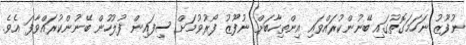
ނުފޫޒު ނަހަމަގޮތުގައި ބޭނުންކުރައްވައި އިންތިހާބަށް ނުފޫޒު ފޯރުވުމަށް ސިފައިން ފުލުހުން ބޭނުންކުރައްވާފަ އެވެ.